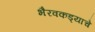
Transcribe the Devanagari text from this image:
भैरवकड्याचे